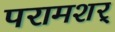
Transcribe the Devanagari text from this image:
परामशर्